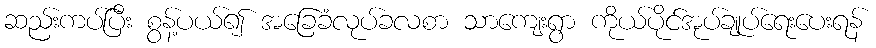
ဆည်းကပ်ပြီး စွန့်ပယ်၍ အခြေခံလုပ်ခလစာ သာကျေးရွာ ကိုယ်ပိုင်အုပ်ချုပ်ရေးပေးရန်